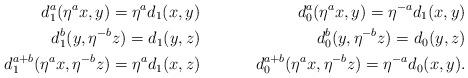
LaTeX: \begin{align*} d^{a}_1(\eta^a x, y)=\eta^a d_1( x,y ) &\quad& d^{a}_0(\eta^a x, y)=\eta^{-a} d_1(x,y)\\ d^{b}_1 (y,\eta^{-b}z) = d_{1}(y,z) &\quad& d^{b}_0 (y,\eta^{-b}z) = d_{0}(y,z)\\ d_{1}^{a+b}(\eta^a x, \eta^{-b}z) = \eta^a d_1(x,z) &\quad& d_{0}^{a+b}(\eta^a x, \eta^{-b}z) = \eta^{-a} d_0(x,y).\end{align*}